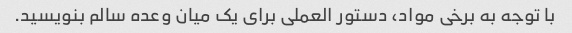
با توجه به برخی مواد، دستور العملی برای یک میان وعده سالم بنویسید.